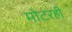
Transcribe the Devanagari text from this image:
मोटरही